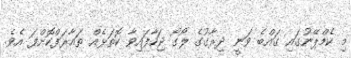
މި ކެމްޕޭނުގައި ގައްބެ ވަނީ ދިރާގުގެ ލޯގޯ ޖަހާފައިވާ ކޮތަޅެއް ތައާރަފްކޮށްފަ އެވެ.